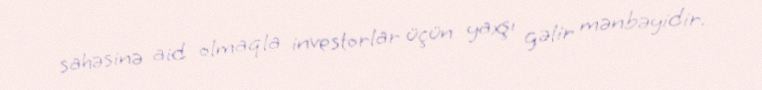
sahəsinə aid olmaqla investorlar üçün yaxşı gəlir mənbəyidir.